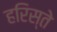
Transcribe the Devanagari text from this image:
हरिस्ते